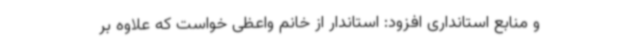
و منابع استانداری افزود: استاندار از خانم واعظی خواست که علاوه بر